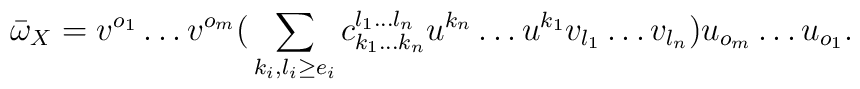
\bar\omega_X = v^{o_1}\dots v^{o_m}\big( \sum_{k_i,l_i\ge e_i} c_{k_1\dots k_n}^{l_1\dots l_n}u^{k_n}\dots u^{k_1} v_{l_1}\dots v_{l_n} \big) u_{o_m}\dots u_{o_1} .